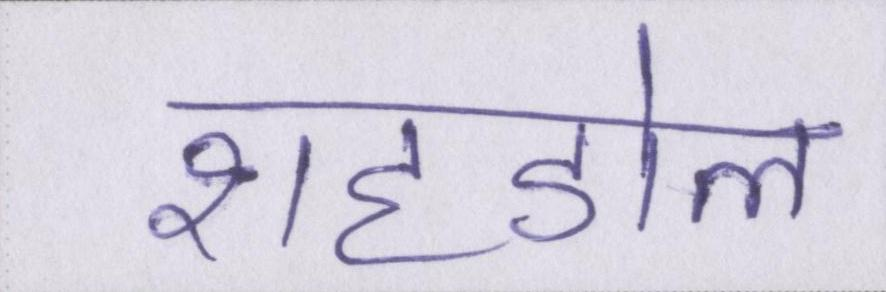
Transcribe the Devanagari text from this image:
शहडोल